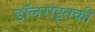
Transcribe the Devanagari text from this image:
डॉलरांइतकी